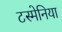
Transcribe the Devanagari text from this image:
टस्मेनिया